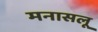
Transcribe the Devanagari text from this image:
मनासलू